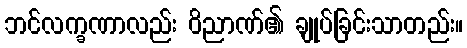
ဘင်လက္ခဏာလည်း ဝိညာဏ်၏ ချုပ်ခြင်းသာတည်း။